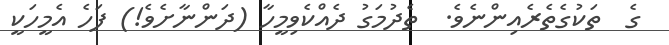
ގެ  ތަކުގެތެރެއިންނެވެ.  ތެދުމަގު ދެއްކެވިމީހާ (ދަންނާށެވެ!) ފަހެ އެމީހަކީ